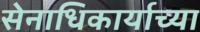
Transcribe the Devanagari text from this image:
सेनाधिकार्याच्या